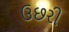
ઉછરી